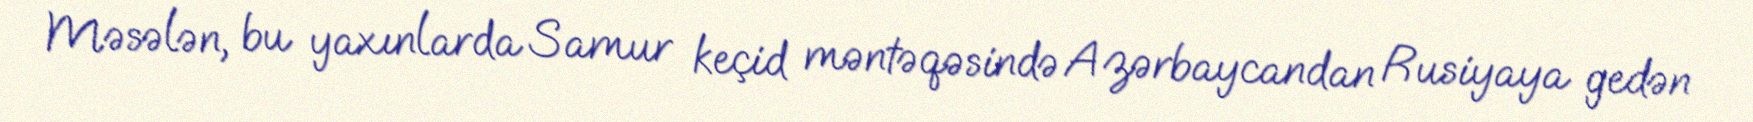
Məsələn, bu yaxınlarda Samur keçid məntəqəsində Azərbaycandan Rusiyaya gedən